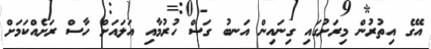
އޭގެ އިތުރުން މިރަށުގައި ގިނައިން އަނބު ގަސް ހުރުމާއި އަލައަށް ހާސް ރަށެއްކަމަށް